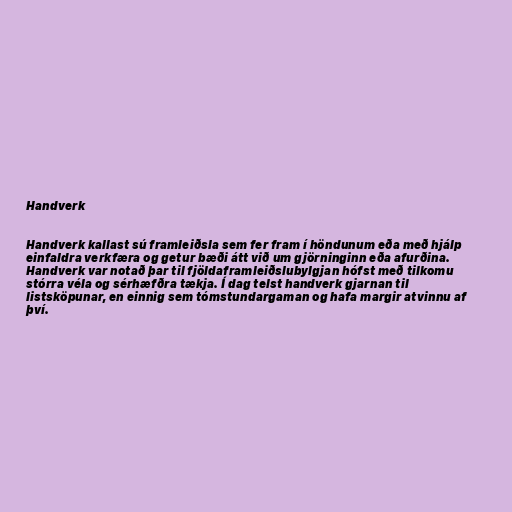
Handverk

Handverk kallast sú framleiðsla sem fer fram í höndunum eða með hjálp
einfaldra verkfæra og getur bæði átt við um gjörninginn eða afurðina.
Handverk var notað þar til fjöldaframleiðslubylgjan hófst með tilkomu
stórra véla og sérhæfðra tækja. Í dag telst handverk gjarnan til
listsköpunar, en einnig sem tómstundargaman og hafa margir atvinnu af
því.